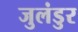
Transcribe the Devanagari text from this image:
जुलंडुर